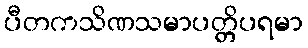
ပီတကသိဏသမာပတ္တိပရမာ